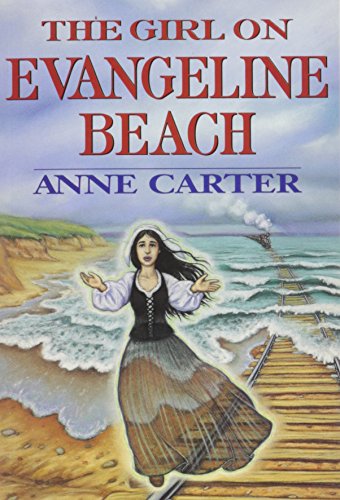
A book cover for The Girl on Evangeline Beach; Anne Carter; Teen & Young Adult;